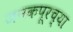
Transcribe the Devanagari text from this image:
जनकपूरच्या